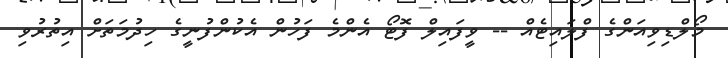
މޯލްޑިވިއަންގެ ފްލައިޓެއް -- ވީފައިލް ފޮޓޯ އެންމެ ފަހުން އެކުންފުނީގެ ހިދުމަތަށް އިތުރުވި